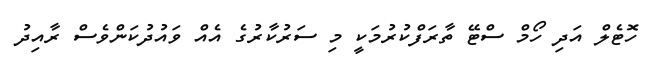
ހޮޓެލް އަދި ހޯމް ސްޓޭ ތާރަފްކުރުމަކީ މި ސަރުކާރުގެ އެއް ވައުދުކަންވެސް ރާއިދު